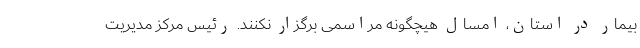
بیمار در استان، امسال هیچگونه مراسمی برگزار نکنند. رئیس مرکز مدیریت